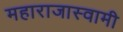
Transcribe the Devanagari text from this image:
महाराजास्‍वामी